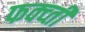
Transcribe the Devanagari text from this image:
फक्व्ती